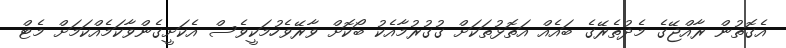
އެގޮތުން ރާއްޖޭގެ މެދުތެރޭގެ ބައެއް އަތޮޅުތަކަށް ގުގުރުމާއެކު ބޯކޮށް ވާރޭވެހުމަކީވެސް އެކަށީގެންވާކަމެއްކަމަށް މެޓް